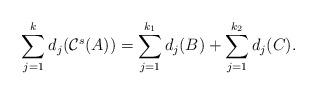
LaTeX: \begin{align*}\sum\limits_{j=1}^{k}d_j(\mathcal{C}^s(A))=\sum\limits_{j=1}^{k_1}d_j(B)+\sum\limits_{j=1}^{k_2}d_j(C).\end{align*}